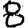
Digit: 8